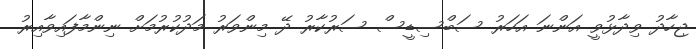
ޖިހާދު ވިދާޅުވީ އަންނަ އަހަރު ސަބްސިޑީސް ސަރުކާރު ދޭ މިންވަރު މަދުކުރުމަށް ނިންމާފައިވާއިރު